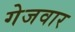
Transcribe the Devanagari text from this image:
गेजवार